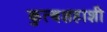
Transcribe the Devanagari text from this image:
कुत्बशहाशी